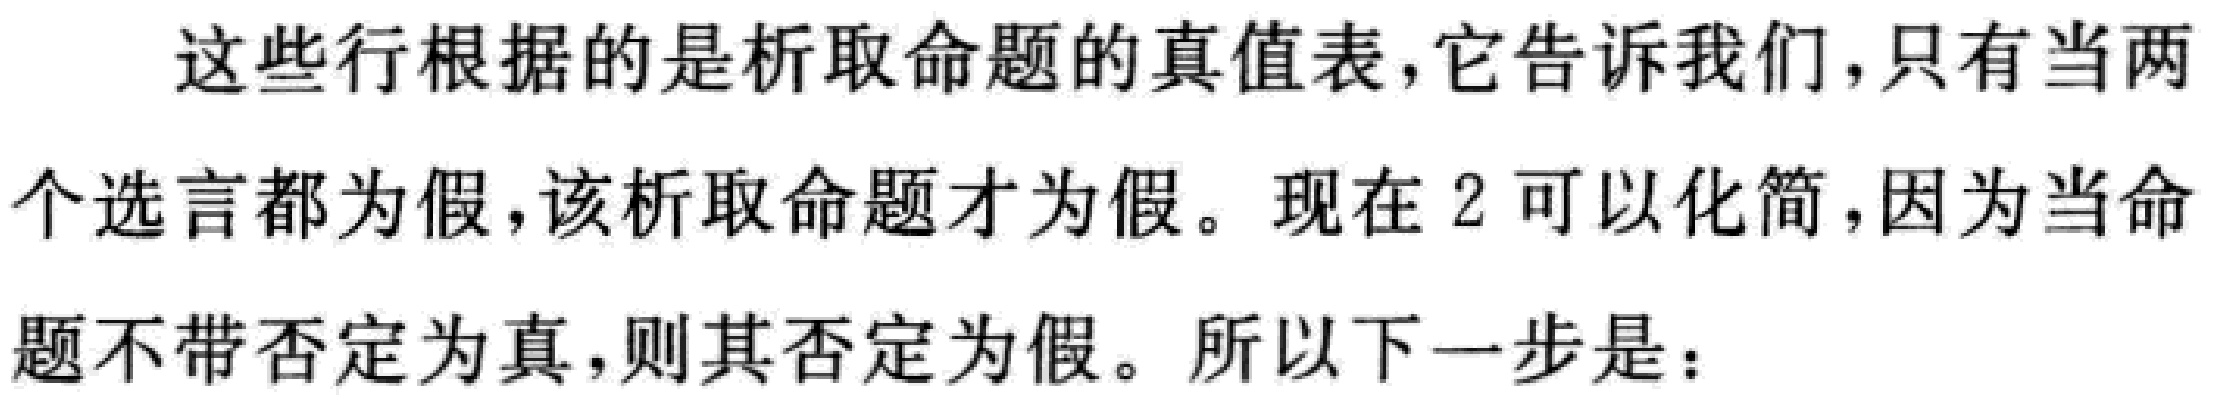
这些行根据的是析取命题的真值表，它告诉我们，只有当两个选言都为假，该析取命题才为假。现在 2 可以化简，因为当命题不带否定为真，则其否定为假。所以下一步是：